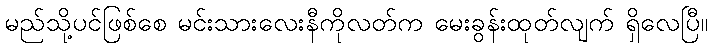
မည်သို့ပင်ဖြစ်စေ မင်းသားလေးနီကိုလတ်က မေးခွန်းထုတ်လျက် ရှိလေပြီ။